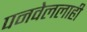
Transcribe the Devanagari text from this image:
पनवेललाही